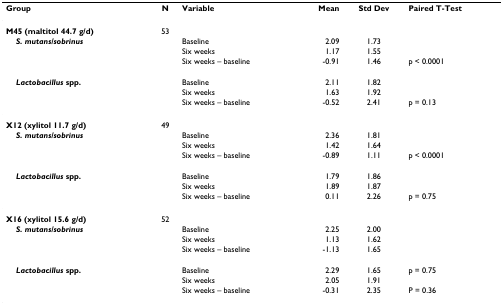
<table><thead><tr><td><b>Group</b></td><td><b>N</b></td><td><b>Variable</b></td><td><b>Mean</b></td><td><b>Std Dev</b></td><td><b>Paired T-Test</b></td></tr></thead><tbody><tr><td><b>M45 (maltitol 44.7 g/d)</b></td><td>53</td><td></td><td></td><td></td><td></td></tr><tr><td> <b><i>S. mutans/sobrinus</i></b></td><td></td><td>Baseline</td><td>2.09</td><td>1.73</td><td></td></tr><tr><td></td><td></td><td>Six weeks</td><td>1.17</td><td>1.55</td><td></td></tr><tr><td></td><td></td><td>Six weeks – baseline</td><td>-0.91</td><td>1.46</td><td>p &lt; 0.0001</td></tr><tr><td> <b><i>Lactobacillus </i>spp.</b></td><td></td><td>Baseline</td><td>2.11</td><td>1.82</td><td></td></tr><tr><td></td><td></td><td>Six weeks</td><td>1.63</td><td>1.92</td><td></td></tr><tr><td></td><td></td><td>Six weeks – baseline</td><td>-0.52</td><td>2.41</td><td>p = 0.13</td></tr><tr><td><b>X12 (xylitol 11.7 g/d)</b></td><td>49</td><td></td><td></td><td></td><td></td></tr><tr><td> <b><i>S. mutans/sobrinus</i></b></td><td></td><td>Baseline</td><td>2.36</td><td>1.81</td><td></td></tr><tr><td></td><td></td><td>Six weeks</td><td>1.42</td><td>1.64</td><td></td></tr><tr><td></td><td></td><td>Six weeks – baseline</td><td>-0.89</td><td>1.11</td><td>p &lt; 0.0001</td></tr><tr><td> <b><i>Lactobacillus </i>spp.</b></td><td></td><td>Baseline</td><td>1.79</td><td>1.86</td><td></td></tr><tr><td></td><td></td><td>Six weeks</td><td>1.89</td><td>1.87</td><td></td></tr><tr><td></td><td></td><td>Six weeks – baseline</td><td>0.11</td><td>2.26</td><td>p = 0.75</td></tr><tr><td><b>X16 (xylitol 15.6 g/d)</b></td><td>52</td><td></td><td></td><td></td><td></td></tr><tr><td> <b><i>S. mutans/sobrinus</i></b></td><td></td><td>Baseline</td><td>2.25</td><td>2.00</td><td></td></tr><tr><td></td><td></td><td>Six weeks</td><td>1.13</td><td>1.62</td><td></td></tr><tr><td></td><td></td><td>Six weeks – baseline</td><td>-1.13</td><td>1.65</td><td></td></tr><tr><td> <b><i>Lactobacillus </i>spp.</b></td><td></td><td>Baseline</td><td>2.29</td><td>1.65</td><td>p = 0.75</td></tr><tr><td></td><td></td><td>Six weeks</td><td>2.05</td><td>1.91</td><td></td></tr><tr><td></td><td></td><td>Six weeks – baseline</td><td>-0.31</td><td>2.35</td><td>P = 0.36</td></tr></tbody></table>